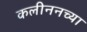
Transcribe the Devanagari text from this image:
कलीननच्या